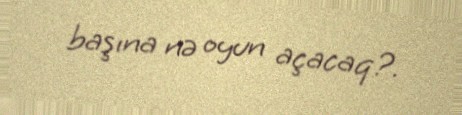
başına nə oyun açacaq?.